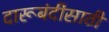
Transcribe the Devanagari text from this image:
दारूबंदीसाठी